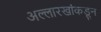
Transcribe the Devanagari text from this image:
अल्लारखांकडून